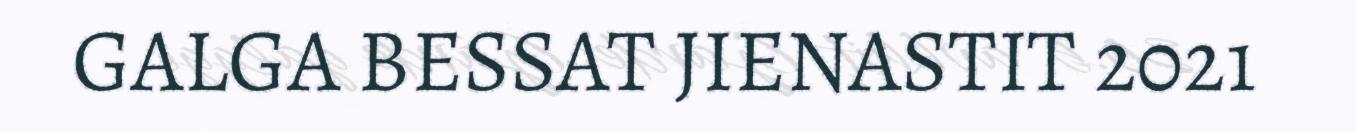
GALGA BESSAT JIENASTIT 2021